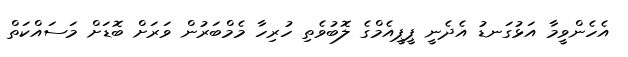
އެހެންވީމާ އަޅުގަނޑު އެދެނީ ޕީޕީއެމްގެ ލޮބުވެތި ހުރިހާ މެމްބަރުން ވަރަށް ބޮޑަށް މަސައްކަތް